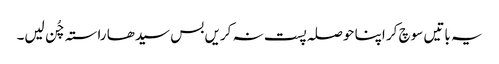
یہ باتیں سوچ کر اپنا حوصلہ پست نہ کریں بس سیدھا راستہ چُن لیں۔